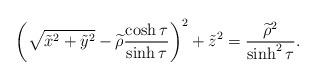
LaTeX: \begin{align*}\left( \sqrt{\tilde{x}^{2}+\tilde{y}^{2}}-\widetilde{\rho }\frac{\cosh \tau}{\sinh \tau }\right) ^{2}+\tilde{z}^{2}=\frac{\widetilde{\rho }^{2}}{\sinh^{2}\tau }.\end{align*}